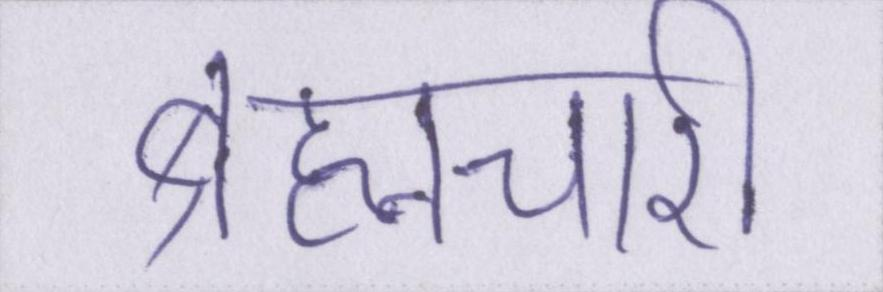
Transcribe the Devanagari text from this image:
ब्रह्मचारी